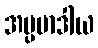
အပ္ပမာဒါယ